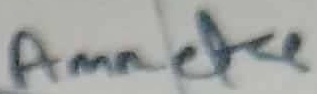
Text: Ammetre